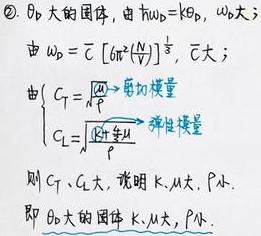
2. $\theta_{D}$ 大的固体，由 $\hbar \omega_{D}=k_{B} \theta_{D}, \omega_{D}$ 大
由 $\omega_{D}=[6 \pi^{2}(\frac{N}{V})]^{\frac{1}{3}} \bar{c}, \bar{c}$ 大；
由 $\begin{cases}C_{T}=\sqrt{\frac{K \rho}{\mu}} \Rightarrow 剪切模量 \\ C_{L}=\sqrt{\frac{Y+\mu}{\rho}} \Rightarrow 弹性模量\end{cases}$
则 $C_{T} 、 C_{L}$ 大，说明 $K 、 \mu$ 大, $\rho$ 小.
即 $\theta_{D}$ 大的固体 $K 、 \mu$ 大, $\rho$ 小.